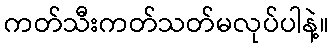
ကတ်သီးကတ်သတ်မလုပ်ပါနဲ့။